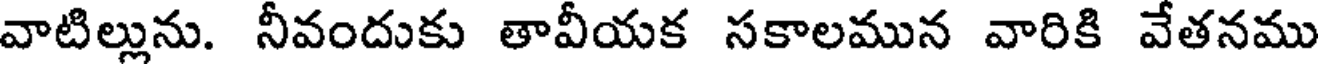
వాటిల్లును. నీవందుకు తావీయక సకాలమున వారికి వేతనము